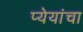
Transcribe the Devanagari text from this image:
प्येयांचा